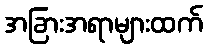
အခြားအရာများထက်